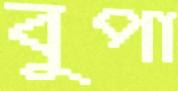
বুপা